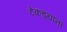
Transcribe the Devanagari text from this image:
टेकड्यांना